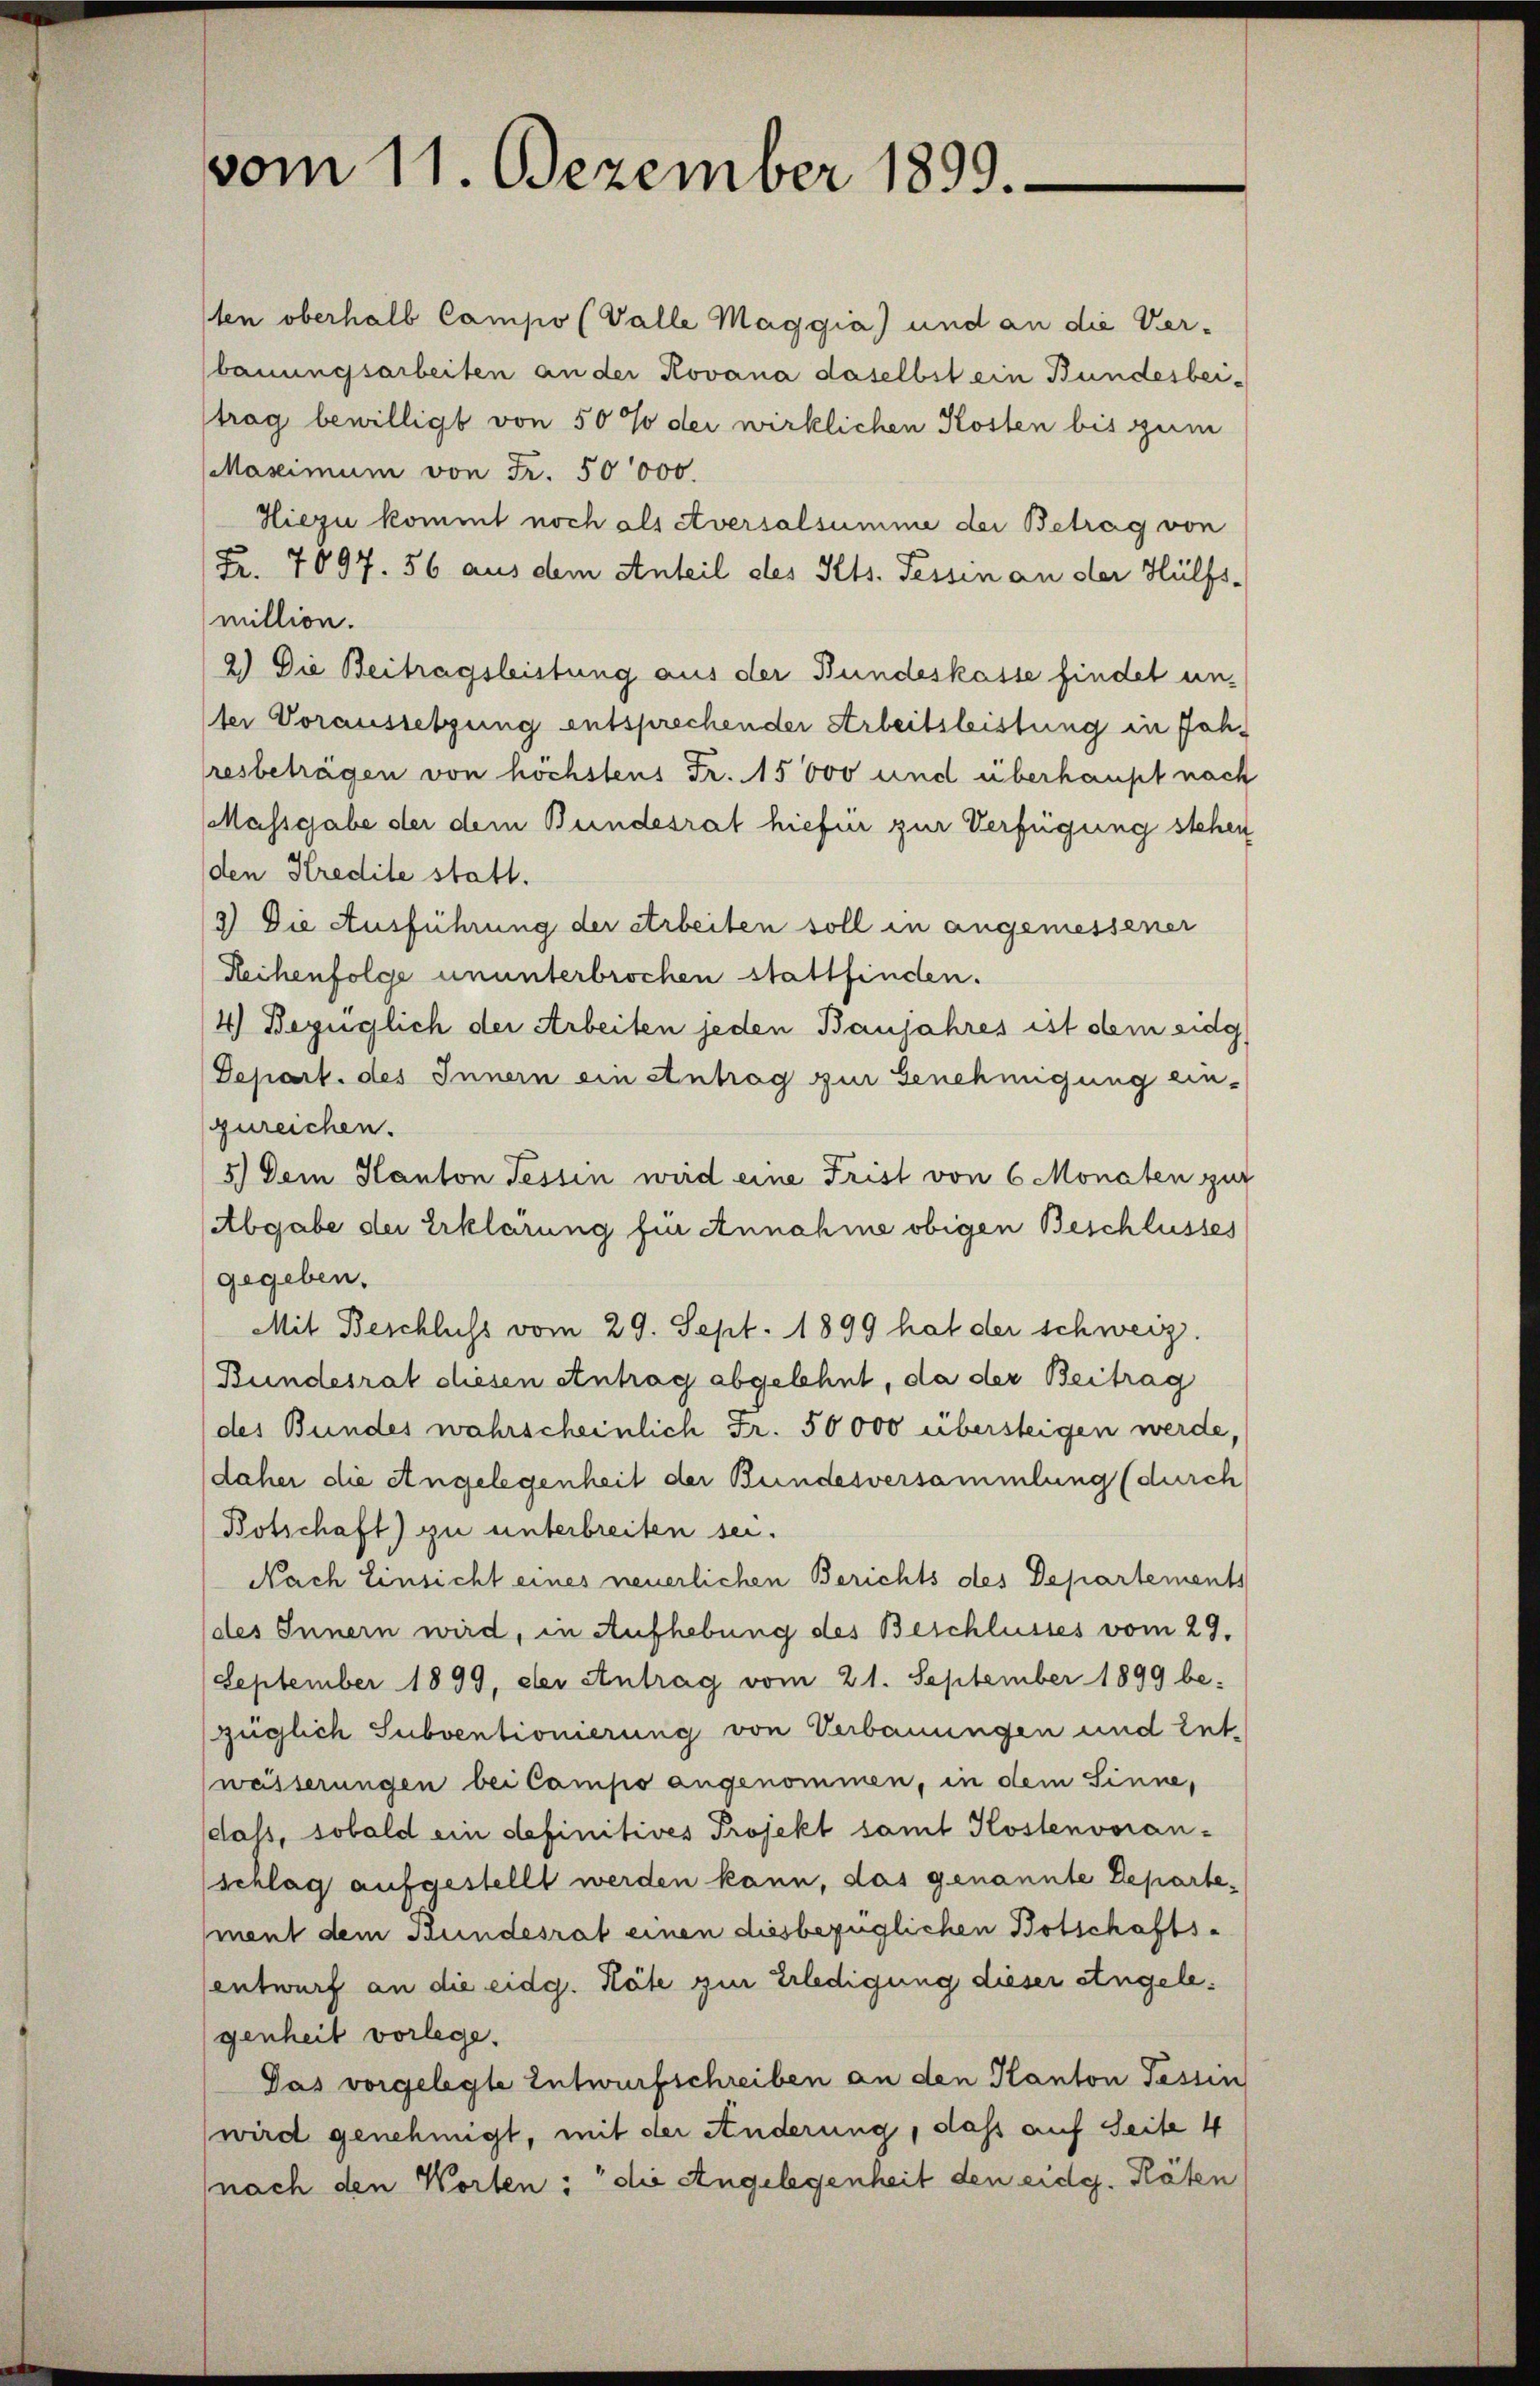
vom 11. Dezember 1899.

ten oberhalb Campo (Valle Maggia) und an die Ver-
bauungsarbeiten an der Kovana daselbst ein Bundesbeitrag bewilligt von 50 % der wirklichen Kosten bis zum
Maximum von Fr. 50000.
Hiezu kommt noch als Aversalsumme der Betrag von
Fr. 7097. 56 aus dem Anteil des Kts. Fessen an der Hülfs-
million.
2.) Die Beitragsleistung aus der Bundeskasse findet un-
ter Voraussetzung entsprechender Arbeitsleistung in Jahresbeträgen von höchstens Fr. 15000 und überhaupt nach
Massgabe der dem Bundesrat hiefür zur Verfügung stehen
den Kredite statt.
2) Die Ausführung der erbeiten soll in angemessener
Reihenfolge ununterbrochen stattfinden.
4) Bezüglich der Arbeiten jeden Banjahres ist dem eidg
Depart. des Innern ein Antrag zur Genehmigung ein-
zureichen.
5.) Dem Kanton Tessin wird eine Frist von 6 Monaten zur
Abgabe der Erklärung für Annahme obigen Beschlusses
gegeben.
Mit Beschluss vom 29. Sept. 1899 hat der schweiz.
Bundesrat diesen entrag abgelehnt, da der Beitrag
des Bundes wahrscheinlich Fr. 50000 übersteigen werde,
daher die Angelegenheit der Bundesversammlung (durch
Botschaft) zu unterbreiten sei.
Nach Einsicht eines neuerlichen Berichts des Departements
des Innern wird, in Aufhebung des Beschlusses vom 29.
September 1899, der Antrag vom 21. September 1899 be-
züglich Subventionierung von Verbauungen und Ent-
wässerungen bei Campo angenommen, in dem Sinne,
dass, sobald ein definitives Projekt samt Kostenvoran-
schlag aufgestellt werden kann, das genannte Departement dem Bundesrat einen diesbezüglichen Botschafts-
sentwurf an die eidg. Häte zur Erledigung dieser eingelegenheit vorlege.
Das vorgelegte Entwurfschreiben an den Kanton Tessin
wird genehmigt, mit der Änderung, dass auf Seite 4
nach den Worten: die Angelegenheit den eidg. Räten